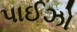
પાઈઝો